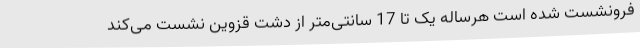
فرونشست شده است هرساله یک تا 17 سانتی‌متر از دشت قزوین نشست می‌کند